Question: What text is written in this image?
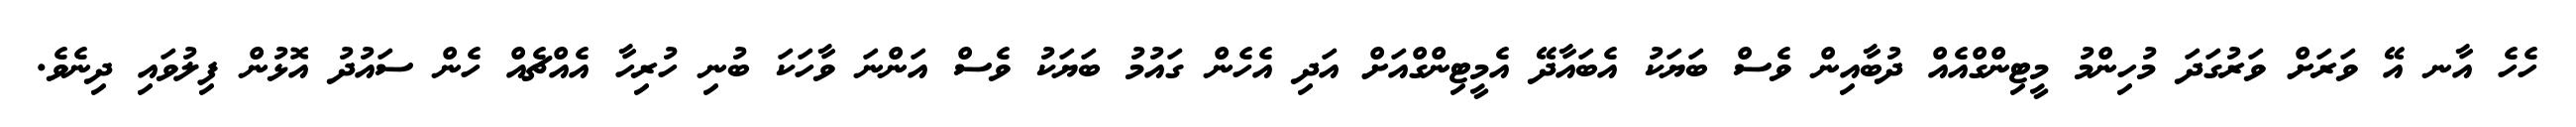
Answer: ހެހެ އާނ އޭ ވަރަށް ވަރުގަދަ މުހިންމު މީޓިންގްއެއް ދުބާއިން ވެސް ބަޔަކު އެބައާދޭ އެމީޓިންގްއަށް އަދި އެހެން ގައުމު ބަޔަކު ވެސް އަންނަ ވާހަކަ ބުނި ހުރިހާ އެއްޗެއް ހެން ސައުދު އޮޅުން ފިލުވައި ދިނެވެ.